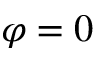
\varphi = 0